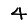
Digit: 4